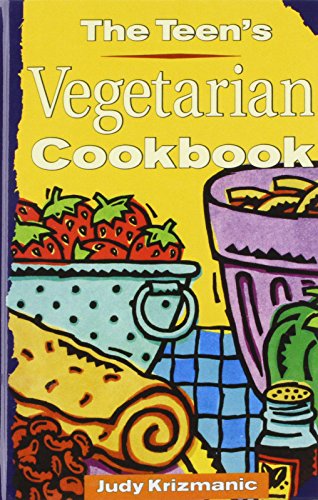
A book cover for The Teen's Vegetarian Cookbook; Judy Krizmanic; Teen & Young Adult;